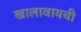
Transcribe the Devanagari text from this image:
खालावायची